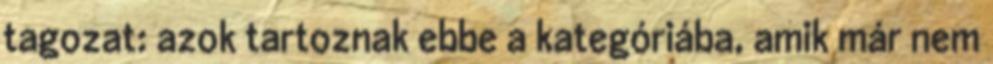
tagozat: azok tartoznak ebbe a kategóriába, amik már nem